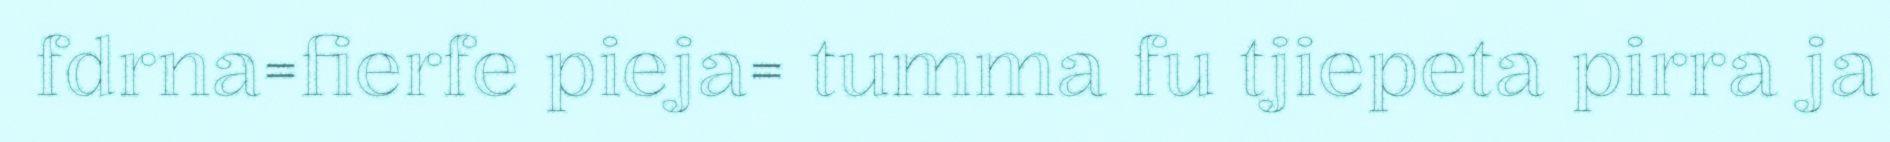
fdrna=fierfe pieja= tumma fu tjiepeta pirra ja